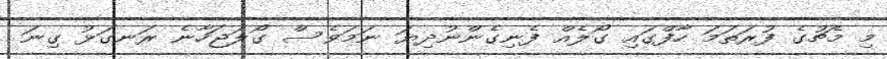
މި މެޗުގެ ފުރަތަމަ ހާފްގައި ގޯލެއް ފެނިގެންނުދިޔަ ނަމަވެސް ގޯލަޖަހާނެ ރަނގަޅު ގިނަ